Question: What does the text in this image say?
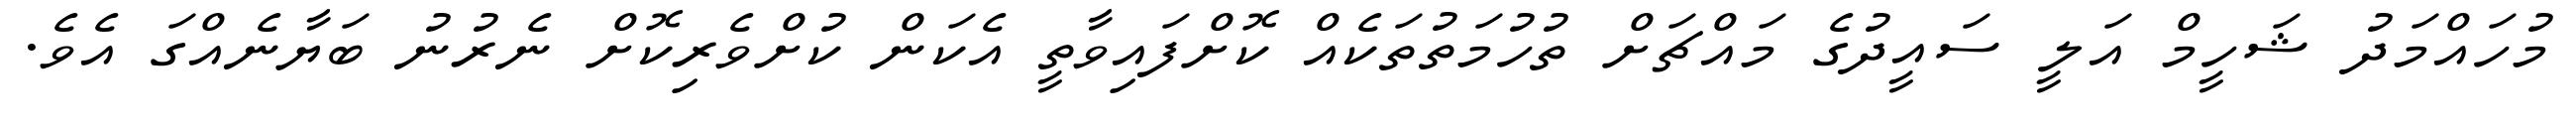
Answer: މުހައްމަދު ޝަހީމް އަލީ ސައީދުގެ މައްޗަށް ތުހުމަތުތަކެއް ކޮށްފައިވާތީ އެކަން ކުށްވެރިކޮށް ނެރުނު ބަޔާނެއްގަ އެވެ.